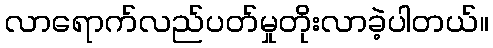
လာရောက်လည်ပတ်မှုတိုးလာခဲ့ပါတယ်။